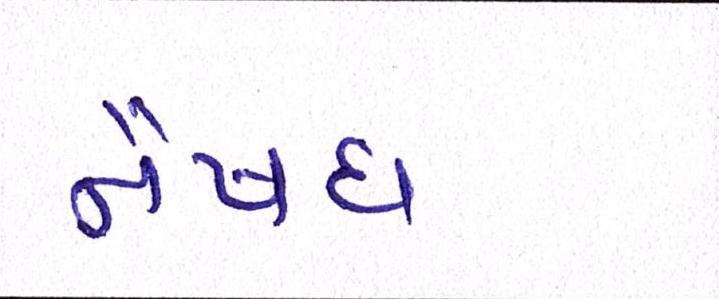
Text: નૈષધ